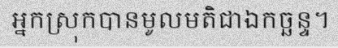
អ្នកស្រុកបានមូលមតិជាឯកច្ឆន្ទ។